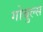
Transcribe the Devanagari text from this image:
गोबुल्स